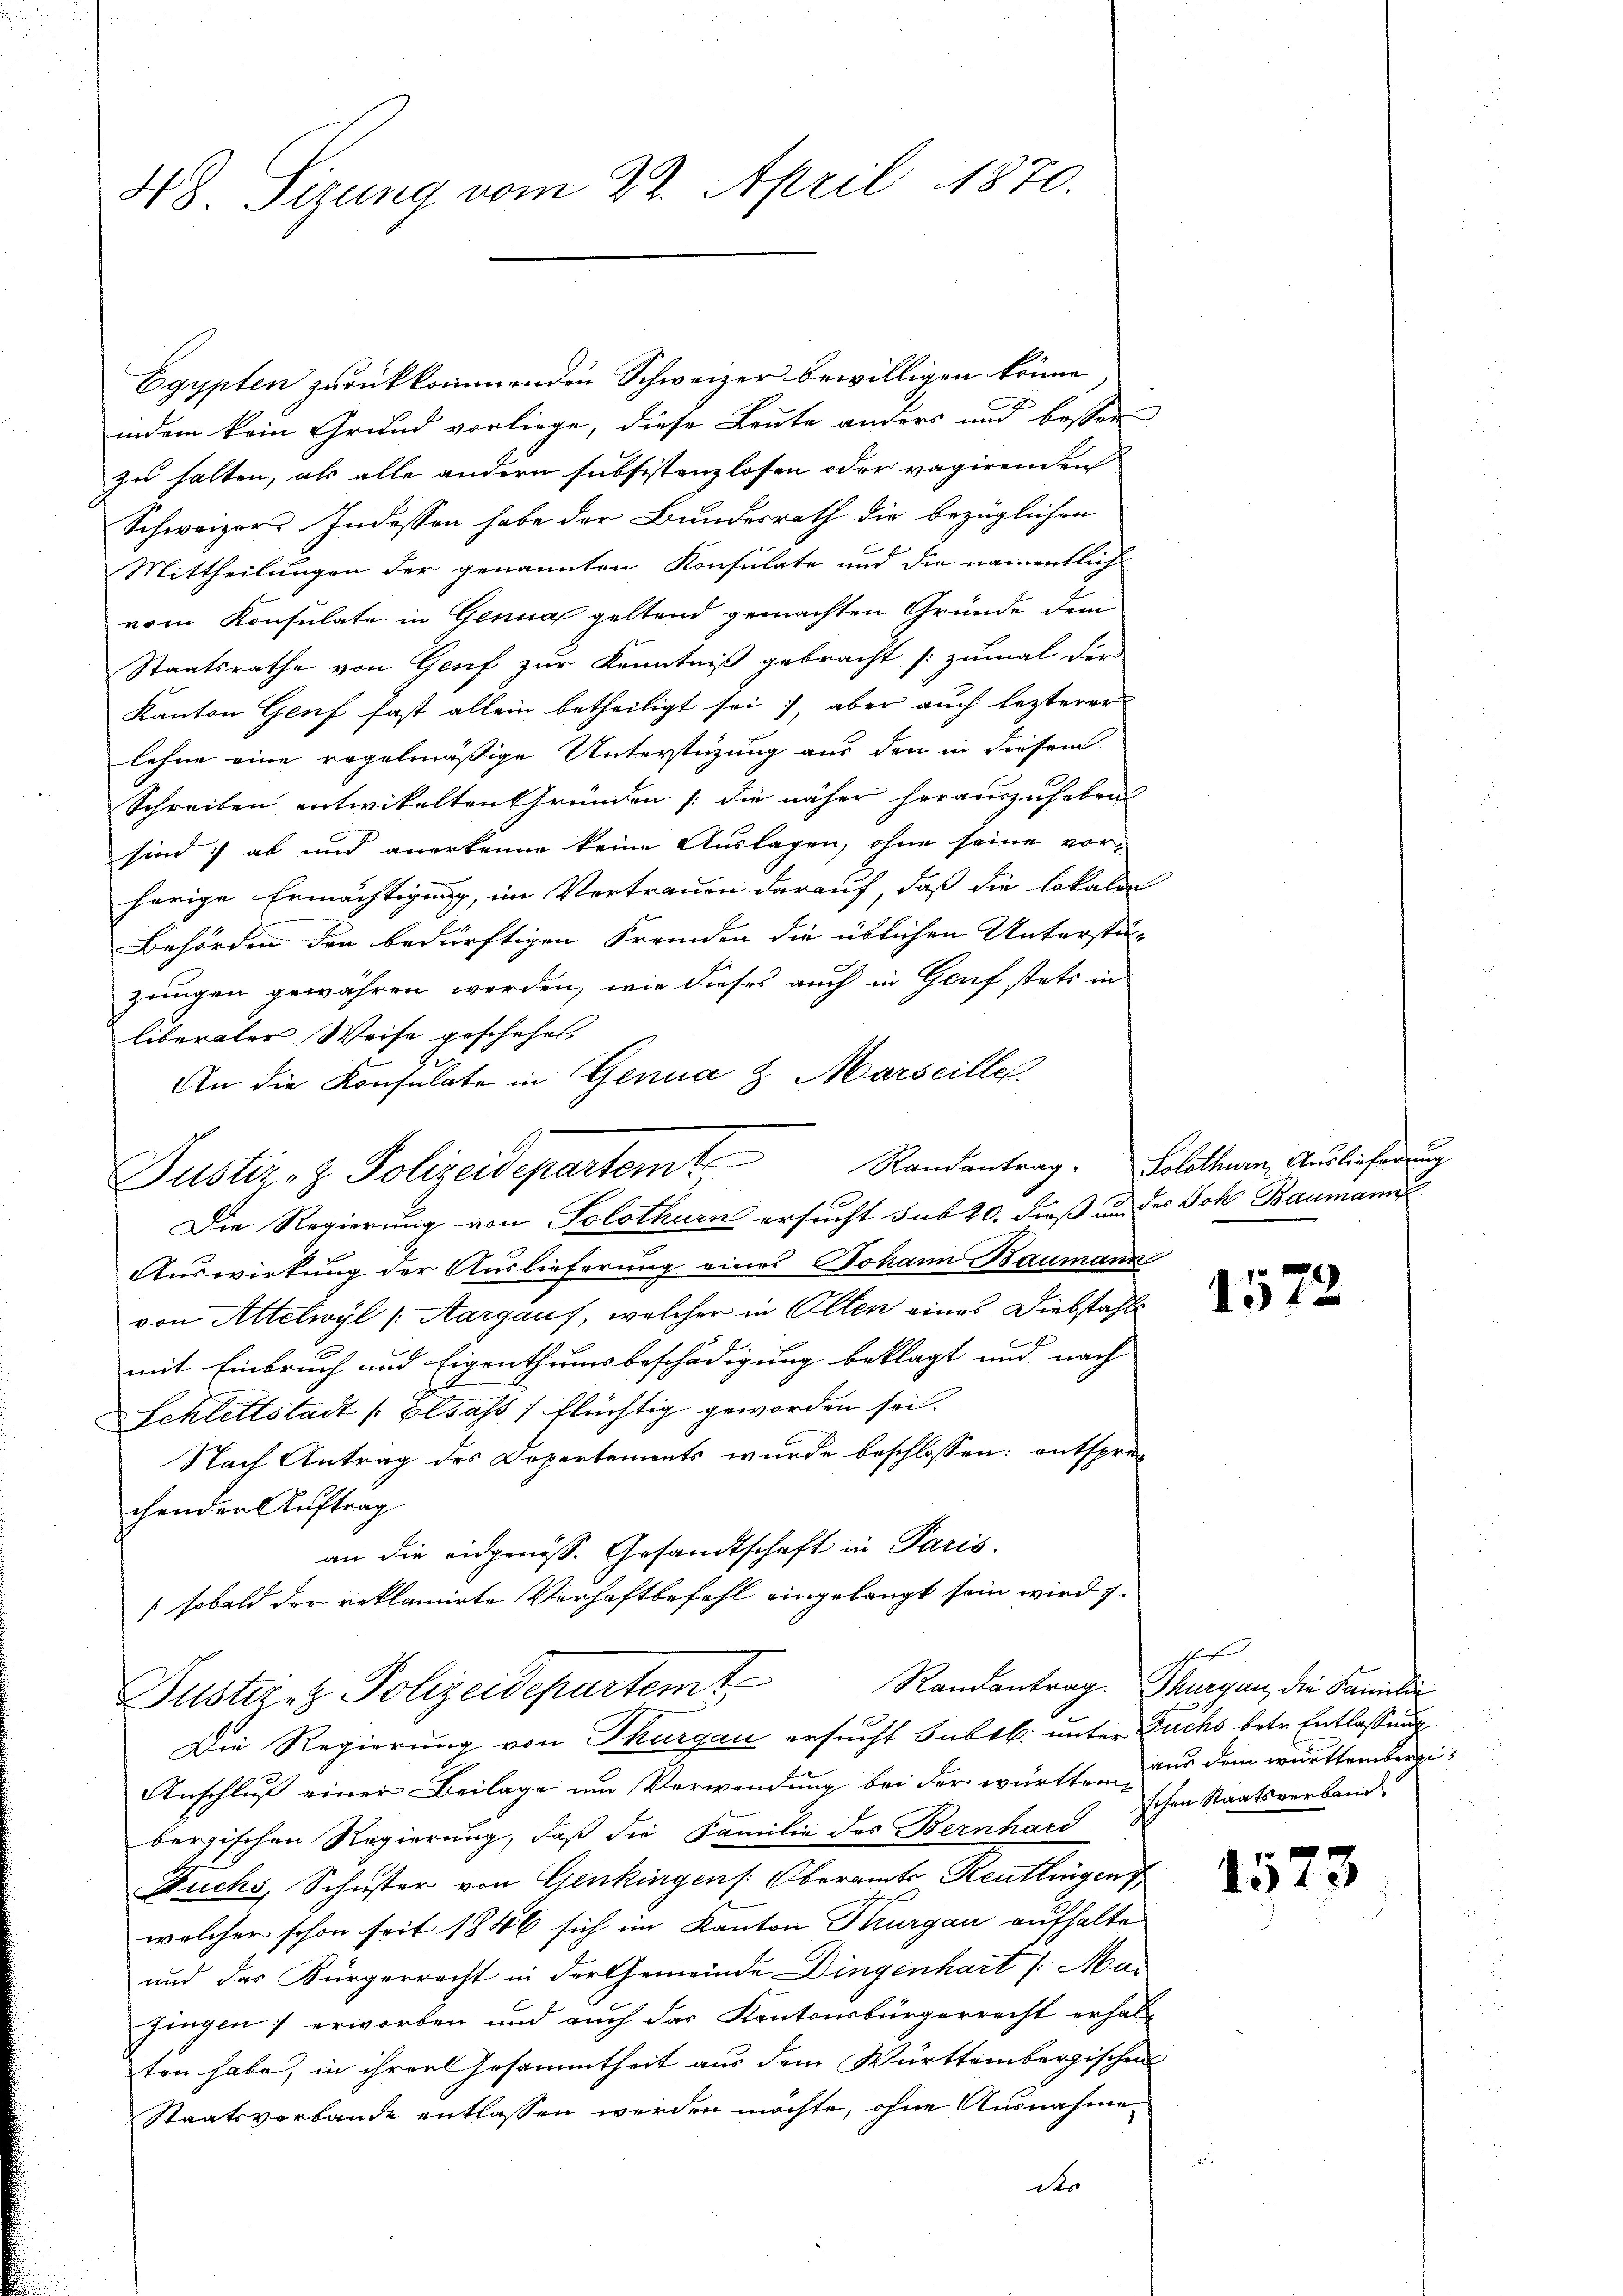
48 Sizung vom 22. April 1870.

Justiz- & Polizeidepartem Randantrag. Solothurn, Auslieferung

Egypten zurückkommenden Schweizer bewilligen könne.
indem kein Grund vorliege, diese Leute anders und bessen
zu halten, als alle andern subsistenzlosen oder vagirenden
Schweizers Indessen habe der Bundesrath die bezüglichen
Mittheilungen der genannten Konsulate und die namentlich
vom Konsulate in Genua geltend gemachten Gründe dem
Staatsrathe von Genf zur Kenntniß gebracht [zumal der
Kanton Genf fast allein betheiligt sei, aber auch lezterer
lehne eine regelmäßige Unterstüzung aus den in diesem
Schreiben, entwickelten Gründen (die näher herauszuhaben
sind ab und anerkenne keine Auslagen, ohne seine vorherige Ermächtigung, im Vertrauen darauf, daß die lokalen
Behörden den bedürftigen Fremden die üblichen Unterstüzungen gewähren werden, wie dieses auch in Genf stets in
liberaler Weise geschehen.
An die Konsulate in Genua & Marseille.
Die Regierung von Solothurn ersucht sub 20. dieß und des Joh. Baumann
Auswirkung der Auslieferung eines Johann Baumann
von Altelwyl (Aargaus, welcher in Olten eines Diebstahle
mit Einbruch und Eigenthumsbeschädigung beklagt und nach
Schlettstadt Elsass / flüchtig geworden sei.
Nach Antrag des Departements wurde beschlossen: entsprechender Auftrag
an die eidgenöss. Gesandtschaft in Paris.
 sobald der reklamirte Verhaftbefehl eingelangt sein wird z.
Justirez Polizeidepartem Randantrag. Thurgan, die Familie
Die Regierung von Thurgau ersucht Subsk. unter Fuchs betr. Entlassung
Anschluß einer Beilage um Verwendung bei der württen aus dem württembergibergischen Regierung, daß die Familie des Bernhard
Fuchs, Schuster von Genkingens Oberamts Reutlingen
welcher schon seit 1846 sich im Kanton Thurgau aufhalte
und das Bürgerrecht in der Gemeinde Dingenhart /: Mai
jingen) erworben und auch das Kantonsbürgerrecht erhalt
ten habe, in ihrer Gesammtheit aus dem Württembergischen
Staatsverbande entlassen werden möchte, ohne Ausnahme
des

1572

schafen
schen Staatsverband

1573